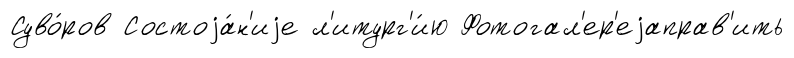
Суво́ров Состоjа́н'иjе л'итург'и́ю Фотогал'ер'еjаправ'ить